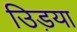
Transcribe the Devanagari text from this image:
उिड़या